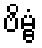
ဗိမ္ဗံ